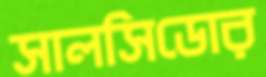
সালসিডোর